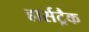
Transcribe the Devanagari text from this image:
हार्सट्रैक